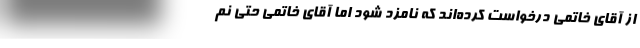
از آقای خاتمی درخواست کرده‌اند که نامزد شود اما آقای خاتمی حتی نم